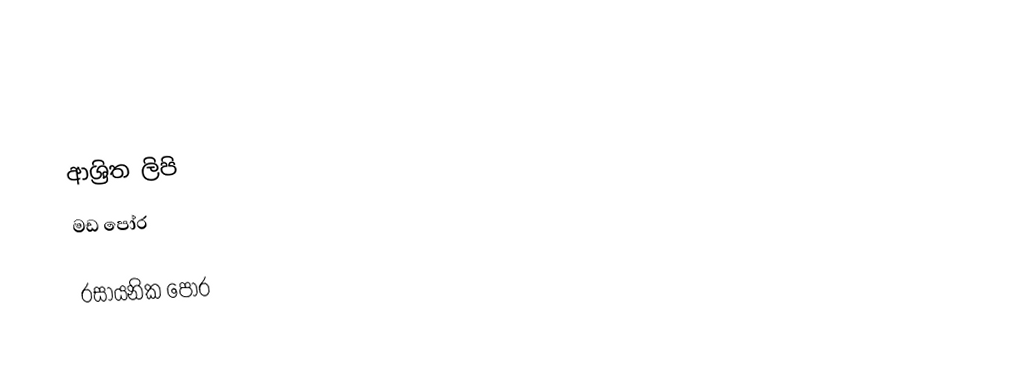

ආශ්‍රිත ලිපි
 මඩ පෝර

රසායනික පෝර